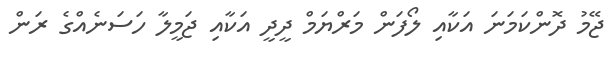
ޖޭމު ދޮންކަމަނަ އަކާއި ލޯފަން މަރްޔަމް ދީދީ އަކާއި ޖަމީލާ ހަސަނެއްގެ ރަން